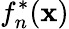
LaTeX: f_{n}^{*}(\mathbf{x})